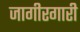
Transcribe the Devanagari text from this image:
जागीरगारी